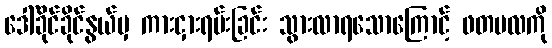
ဒေါ်ခိုင်ခိုင်နွယ်မှ ကားငှားရမ်းခြင်း သွားလာရသောကြောင့် ဖတပလကို